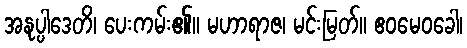
အနုပ္ပါဒေတိ၊ ပေးကမ်း၏။ မဟာရာဇ၊ မင်းမြတ်။ ဧဝမေဝခေါ၊